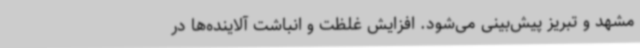
مشهد و تبریز پیش‌بینی می‌شود. افزایش غلظت و انباشت آلاینده‌ها در